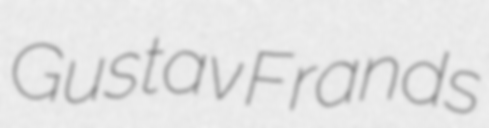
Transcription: Gustav Frands